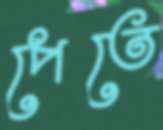
পেতে